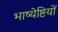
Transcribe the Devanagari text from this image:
भाष्येष्टियों